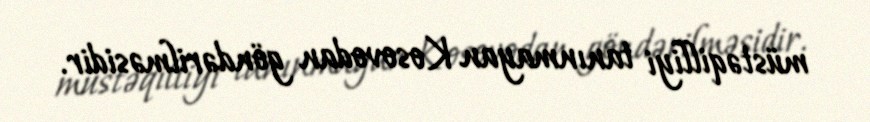
müstəqilliyi tanınmayan Kosovodan göndərilməsidir.